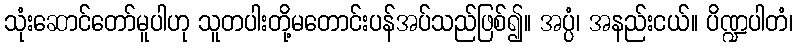
သုံးဆောင်တော်မူပါဟု သူတပါးတို့မတောင်းပန်အပ်သည်ဖြစ်၍။ အပ္ပံ၊ အနည်းငယ်။ ပိဏ္ဍပါတံ၊